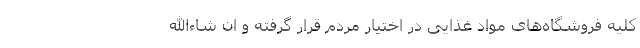
کلیه فروشگاه‌های مواد غذایی در اختیار مردم قرار گرفته و ان شاءالله